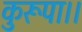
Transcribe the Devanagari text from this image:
कुरूपा।।